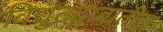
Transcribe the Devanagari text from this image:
विद्युतदाबातील